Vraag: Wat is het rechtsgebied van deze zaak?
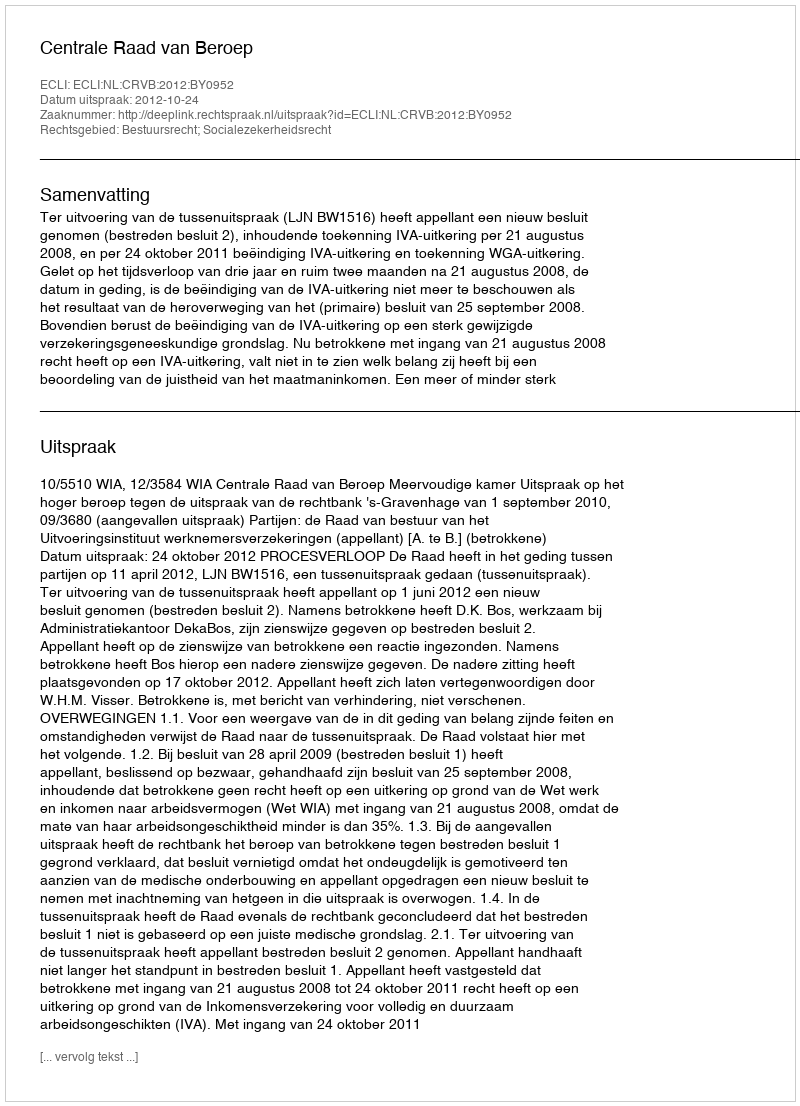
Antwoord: Bestuursrecht; Socialezekerheidsrecht